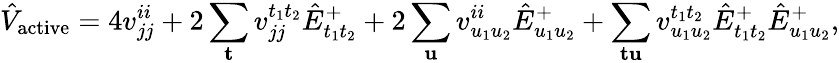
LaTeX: \hat{V}_{\mathrm{active}}=4v_{jj}^{ii}+2\sum_{\mathbf{t}}v_{jj}^{t_{1}t_{2}}\hat{E}_{t_{1}t_{2}}^{+}+2\sum_{\mathbf{u}}v_{u_{1}u_{2}}^{ii}\hat{E}_{u_{1}u_{2}}^{+}+\sum_{\mathbf{t}\mathbf{u}}v_{u_{1}u_{2}}^{t_{1}t_{2}}\hat{E}_{t_{1}t_{2}}^{+}\hat{E}_{u_{1}u_{2}}^{+},